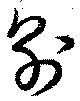
別